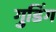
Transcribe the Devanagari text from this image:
गुडिंग